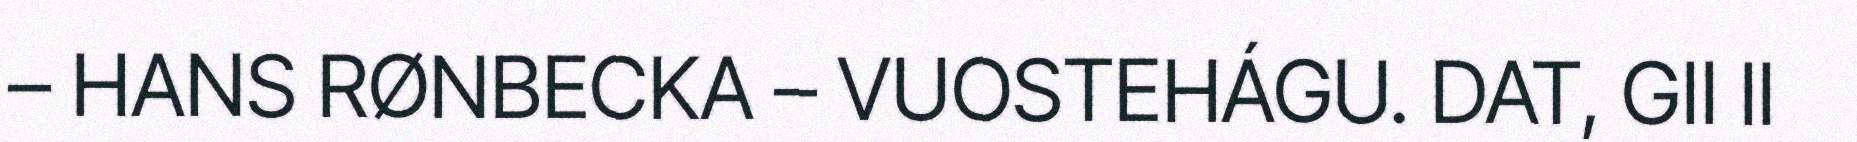
– HANS RØNBECKA – VUOSTEHÁGU. DAT, GII II